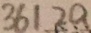
3 6 1 2 a